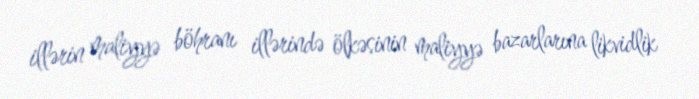
illərin maliyyə böhranı illərində ölkəsinin maliyyə bazarlarına likvidlik